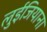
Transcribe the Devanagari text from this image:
लुईजियाना